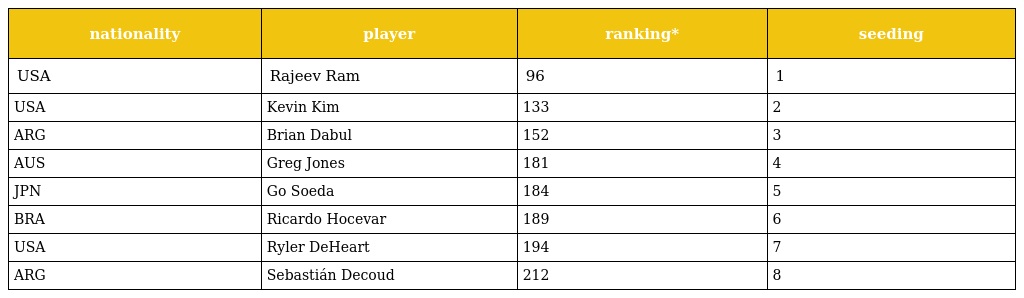
| nationality | player | ranking* | seeding |
 | --- | --- | --- | --- |
 | USA | Rajeev Ram | 96 | 1 |
 | USA | Kevin Kim | 133 | 2 |
 | ARG | Brian Dabul | 152 | 3 |
 | AUS | Greg Jones | 181 | 4 |
 | JPN | Go Soeda | 184 | 5 |
 | BRA | Ricardo Hocevar | 189 | 6 |
 | USA | Ryler DeHeart | 194 | 7 |
 | ARG | Sebastián Decoud | 212 | 8 |